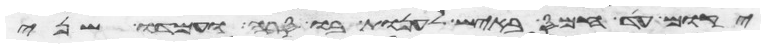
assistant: יקום עד חמס באיש לענות בו סרה ועמדו שני